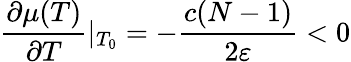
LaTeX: \frac{\partial\mu(T)}{\partial T}|_{T_{0}}=-\frac{c(N-1)}{2\varepsilon}<0